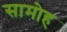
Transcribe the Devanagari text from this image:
सामोह